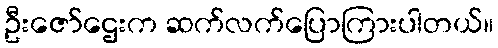
ဦးဇော်ဌေးက ဆက်လက်ပြောကြားပါတယ်။